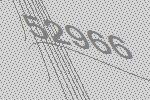
52966